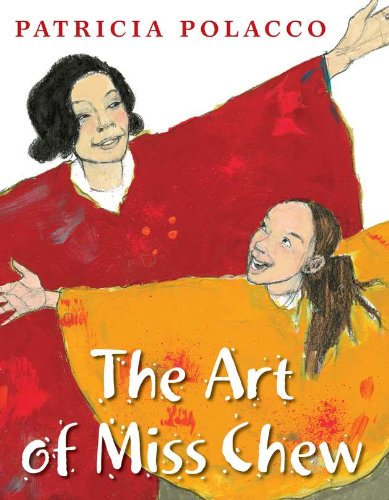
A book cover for The Art of Miss Chew; Patricia Polacco; Children's Books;